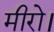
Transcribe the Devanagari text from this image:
मीरो।